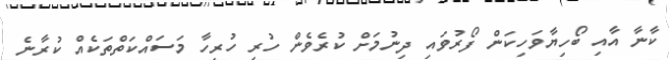
ކާނާ އާއި ބޯހިޔާވަހިކަން ފޯރުވައި ދިނުމަށް ކުރެވެން ހުރި ހުރިހާ މަސައްކަތްތަކެއް ކުރާނެ